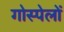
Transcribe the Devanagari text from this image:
गोस्पेलों